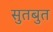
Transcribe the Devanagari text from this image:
सुतबुत